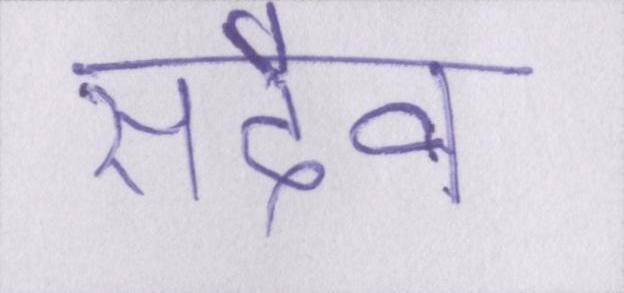
सदैव